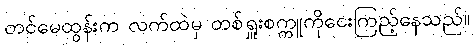
တင်မေထွန်းက လက်ထဲမှ တစ်ရှူးစက္ကူကိုငေးကြည့်နေသည်။